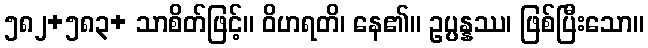
၅၈၂+၅၈၃+ သာစိတ်ဖြင့်။ ဝိဟရတိ၊ နေ၏။ ဥပ္ပန္နဿ၊ ဖြစ်ပြီးသော။